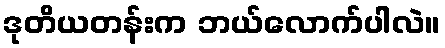
ဒုတိယတန်းက ဘယ်လောက်ပါလဲ။